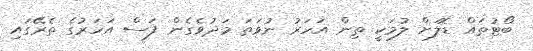
ބޯޓުތައް ޑޮލަށް ލުމަކީ ތިން އަހަރު ނުވަތަ މަދުވެގެން ފަސް އަހަރުގެ ތެރޭގައި